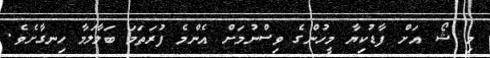
މި ޝޯ އަށް ފާޑުކިޔާ މީހުންގެ ވިސްނުމަށް އެންމެ ފުރަތަމަ ބަލާލަމާ ހިނގާށެވެ.